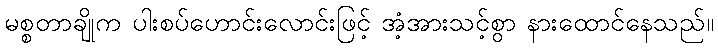
မစ္စတာချိုက ပါးစပ်ဟောင်းလောင်းဖြင့် အံ့အားသင့်စွာ နားထောင်နေသည်။